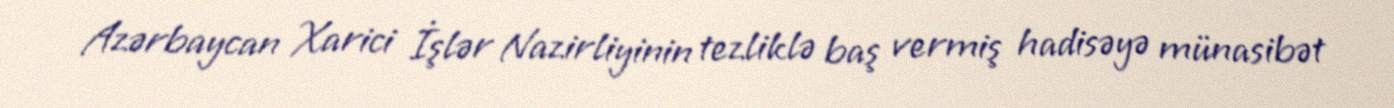
Azərbaycan Xarici İşlər Nazirliyinin tezliklə baş vermiş hadisəyə münasibət